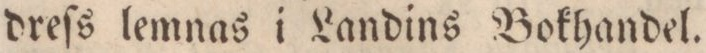
dreſs lemnas i Landins Bokhandel.